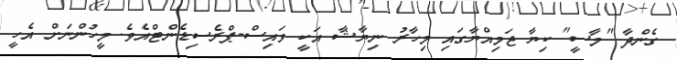
ގެންދާ "މާސީ" ކިޔާ ޖަމިއްޔާގައި މިހާރު ނިޔާޝާ އަކީ ވައިސް-ޕްރެސިޑެންޓްއެވެ. މީހުންނަށް އެހީ